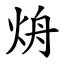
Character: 烐